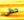
حظى